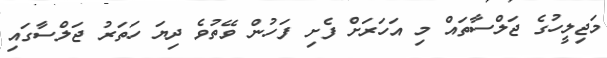
މަޖިލީހުގެ ޖަލްސާތައް މި އަހަރަށް ފެށި ފަހުން ވޭތުވެ ދިޔަ ހަތަރު ޖަލްސާގައި